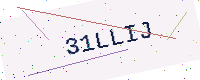
Text: 31LLIJ